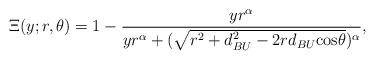
LaTeX: \begin{align*} \Xi(y;r,\theta) = 1-\frac{yr^\alpha}{yr^\alpha+(\sqrt{r^2+d^2_{BU}-2rd_{BU}\textrm{cos}\theta})^\alpha},\end{align*}